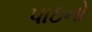
પાઠનો